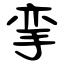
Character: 挛